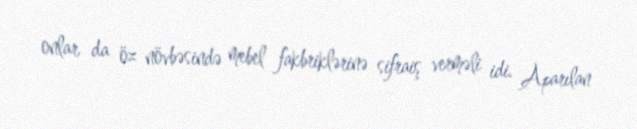
onlar da öz növbəsində mebel fakbriklərinə sifraiş verməli idi. Aparılan